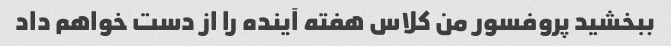
ببخشید پروفسور من کلاس هفته آینده را از دست خواهم داد